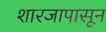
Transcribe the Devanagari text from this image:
शारजापासून